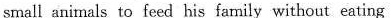
small animals to feed his family without eating